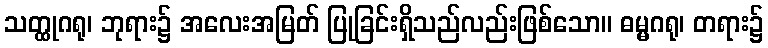
သတ္ထုဂရု၊ ဘုရား၌ အလေးအမြတ် ပြုခြင်းရှိသည်လည်းဖြစ်သော။ ဓမ္မဂရု၊ တရား၌